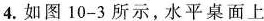
4.如图10-3所示，水平桌面上